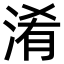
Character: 淆